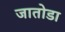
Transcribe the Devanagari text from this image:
जातोडा